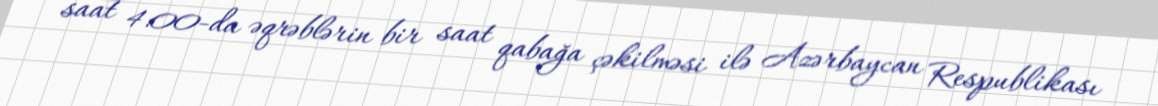
saat 4.00-da əqrəblərin bir saat qabağa çəkilməsi ilə Azərbaycan Respublikası